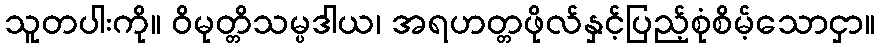
သူတပါးကို။ ဝိမုတ္တိသမ္ပဒါယ၊ အရဟတ္တဖိုလ်နှင့်ပြည့်စုံစိမ့်သောငှာ။